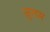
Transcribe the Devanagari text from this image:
जुलम